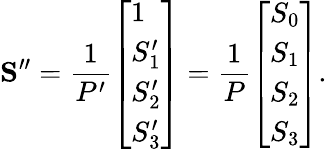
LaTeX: \mathbf{S^{\prime\prime}}={\frac{1}{P^{\prime}}}{\left[\begin{array}{l}{1}\\ {S_{1}^{\prime}}\\ {S_{2}^{\prime}}\\ {S_{3}^{\prime}}\end{array}\right]}={\frac{1}{P}}{\left[\begin{array}{l}{S_{0}}\\ {S_{1}}\\ {S_{2}}\\ {S_{3}}\end{array}\right]}.